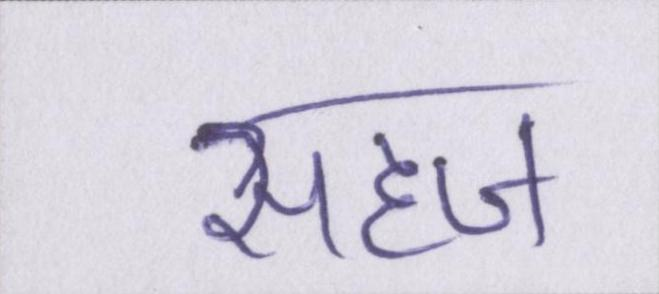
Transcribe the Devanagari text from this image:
सहज